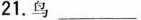
21.鸟___